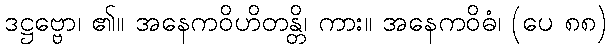
ဒဋ္ဌဗ္ဗော၊ ၏။ အနေကဝိဟိတန္တိ၊ ကား။ အနေကဝိဓံ၊ (ပေ ၈၈)